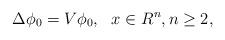
LaTeX: \begin{align*}\Delta \phi_{0}=V\phi_{0},\ \ x \in R^{n}, n\geq2,\end{align*}